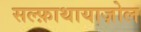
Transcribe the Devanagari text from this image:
सल्फ़ाथायाज़ोल